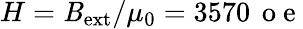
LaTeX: H=\mathit{B}_{\mathrm{{ext}}}/\mu_{0}=3570\, \mathrm{{~o~e~}}